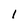
Character: l